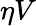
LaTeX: \eta V